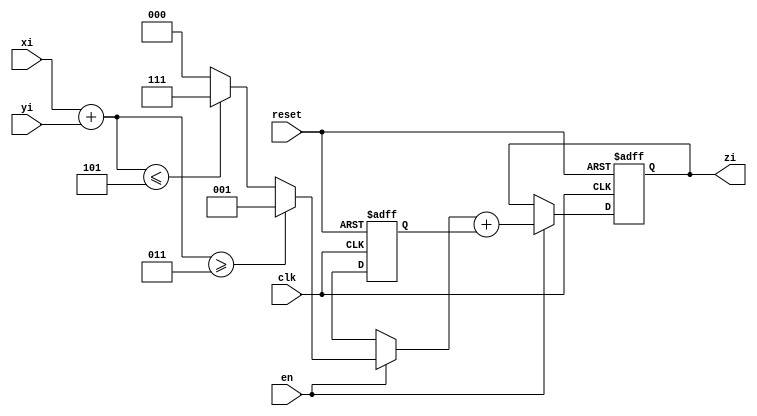
module online_adder_r4 (
		input clk, reset, en,				// asynchronous reset to clear all latches; enable signal
		input			signed [2:0] xi,		// (i+2)th digit of the x input
		input			signed [2:0] yi,		// (i+2)th digit of the y input
		output reg	signed [2:0] zi		// ith digit of the result
);

parameter r = 4;
parameter a = 3;

reg signed [2:0] t;							// transfer digit
reg signed [2:0] w;							// intermediate sum

always @(posedge clk, posedge reset)
	begin
		if (reset)
			begin
				// Clear all latches
				t = 0;
				w = 0;
				zi = 0;
			end
		else if (en)
			begin
				TW(xi, yi, t, w);
				SUM(t, w, zi);
			end
	end


task TW;											// calculate transfer digit and intermediate sum
	input  signed [2:0] xi, yi;
	output signed [2:0] t, w;
	reg 	 signed [3:0] temp;
begin
	temp = xi + yi;
	if (temp >= a) begin
		t = 4'd1;
		temp = (temp - r);
		end
	else if (temp <= -a) begin
		t = -4'd1;
		temp = temp + r;
		end
	else
		t = 4'd0;
		
	w <= temp[2:0];
end
endtask

task SUM;
	input  signed [2:0] t, w;
	output signed [2:0] zi;
begin
	zi = t + w;
end
endtask

endmodule